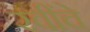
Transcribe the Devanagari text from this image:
रवींचे